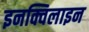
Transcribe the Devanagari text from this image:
इनक्विलाइन